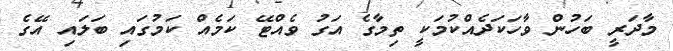
މާދަރީ ބަހުން ވާހަކަދެއްކުމަކީ ތިމާގެ އަގު ވެއްޓޭ ކަމެއް ކަމުގައި ބަލައި އޭގެ